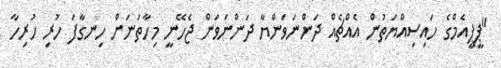
"ޕީޕީއެމްގެ ހައިސިއްޔަތުން އެއްޗެއް ދަންނަވަންޔާ ދަންނަވަން ޖެހޭނީ މިހާތަނަށް ހިނގާފަ ހުރި ހުރިހާ